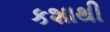
કશાથી